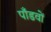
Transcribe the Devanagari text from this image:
पाँडवों